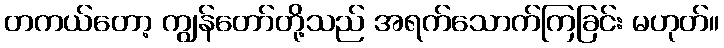
တကယ်တော့ ကျွန်တော်တို့သည် အရက်သောက်ကြခြင်း မဟုတ်။